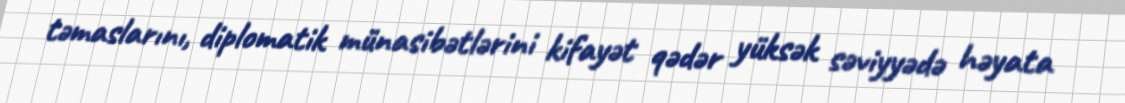
təmaslarını, diplomatik münasibətlərini kifayət qədər yüksək səviyyədə həyata